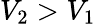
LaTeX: V_{2}>V_{1}